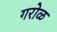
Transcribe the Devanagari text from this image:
गरोळ